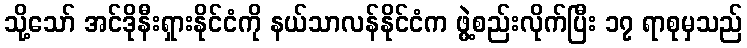
သို့သော် အင်ဒိုနီးရှားနိုင်ငံကို နယ်သာလန်နိုင်ငံက ဖွဲ့စည်းလိုက်ပြီး ၁၇ ရာစုမှသည်